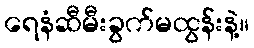
ရေနံဆီမီးခွက်မထွန်းနဲ့။